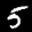
Label: 5